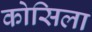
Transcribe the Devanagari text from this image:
कोसिला